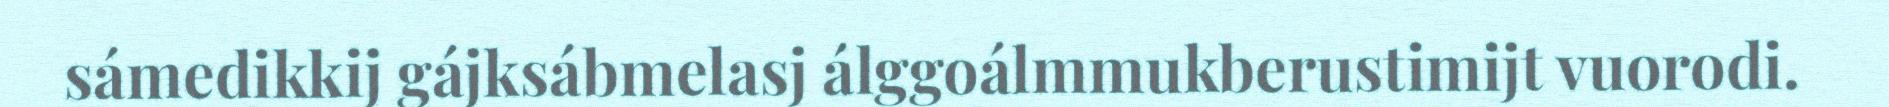
sámedikkij gájksábmelasj álggoálmmukberustimijt vuorodi.